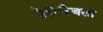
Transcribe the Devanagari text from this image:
टेरिबैचला